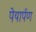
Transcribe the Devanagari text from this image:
पेयार्पण